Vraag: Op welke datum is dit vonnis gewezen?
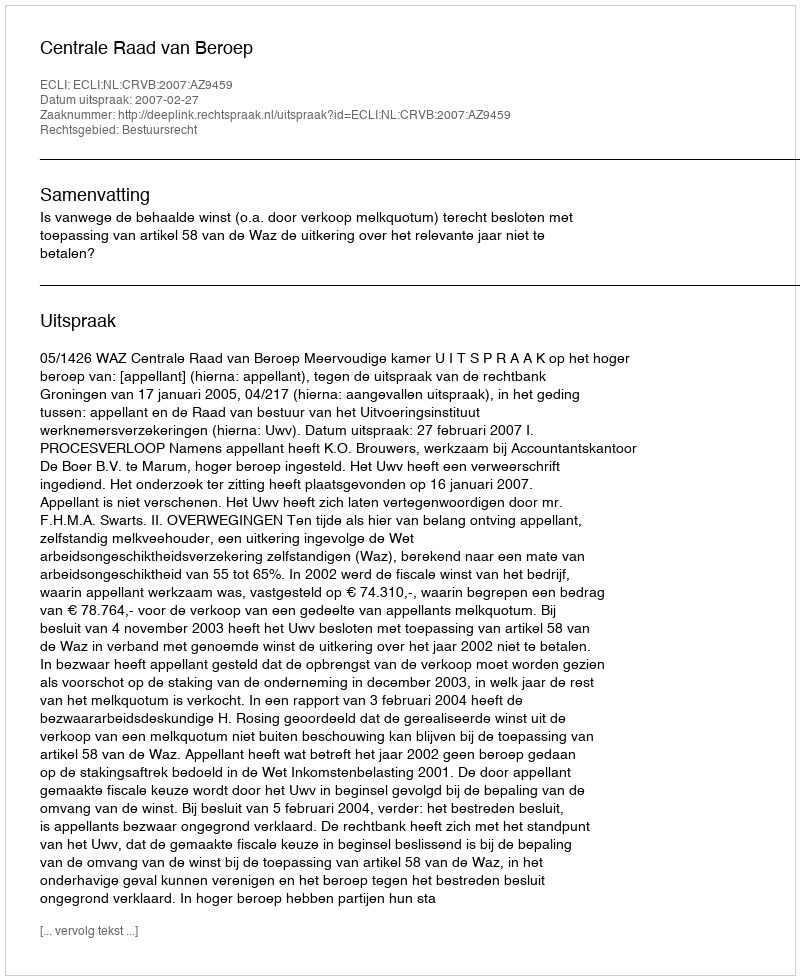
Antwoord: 2007-02-27